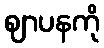
ဈာပနကို